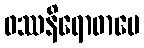
ဖဿနိရောဓာပေ